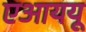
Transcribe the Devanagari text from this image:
एआययू